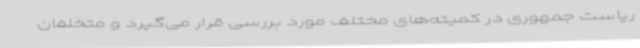
ریاست جمهوری در کمیته‌های مختلف مورد بررسی قرار می‌گیرد و متخلفان